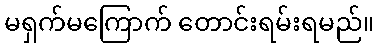
မရှက်မကြောက် တောင်းရမ်းရမည်။